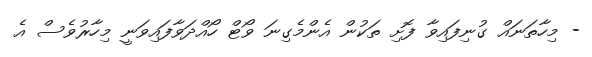
- މިހާތަނައް ގުނިފައިވާ ފޮށި ތަކުން އެންމެގިނަ ވޯޓް ހޯއްދަވާފައިވަނީ މިހާރުވެސް އެ